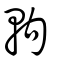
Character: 軥